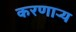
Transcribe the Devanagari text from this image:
करणार्‍य